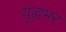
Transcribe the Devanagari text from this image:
युद्धभर